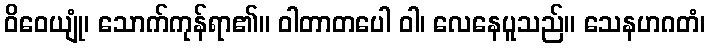
ဝိဝေယျုံ၊ သောက်ကုန်ရာ၏။ ဝါတာတပေါ ဝါ၊ လေနေပူသည်။ သေနဟဂတံ၊